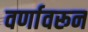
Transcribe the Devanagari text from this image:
वर्णावरून